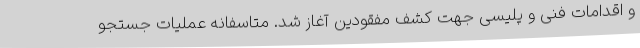
و اقدامات فنی و پلیسی جهت کشف مفقودین آغاز شد. متاسفانه عملیات جستجو